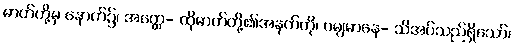
ဓာတ်တို့မှ နောက်၌၊ အတ္ထေ- ထိုဓာတ်တို့၏အနက်ကို၊ ဂမျမာနေ- သိအပ်သည်ရှိသော်၊